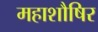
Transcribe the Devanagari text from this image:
महाशौषिर